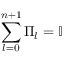
\sum _ { l = 0 } ^ { n + 1 } \Pi _ { l } = \mathbb { I }